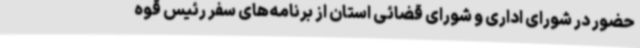
حضور در شورای اداری و شورای قضائی استان از برنامه‌های سفر رئیس قوه